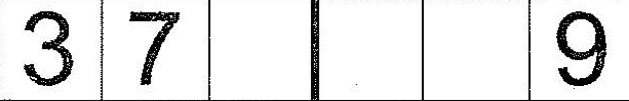
3 7 9